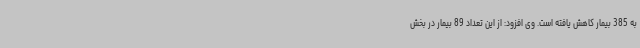
به 385 بیمار کاهش یافته است. وی افزود: از این تعداد 89 بیمار در بخش